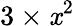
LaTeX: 3\times\mathit{x}^{2}